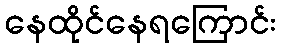
နေထိုင်နေရကြောင်း